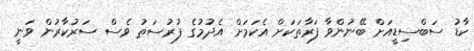
ކާޑު ސަބްސިޑީއަށް ބޭނުންވާ ފަރާތަކަށް އެކަމަށް އެދުމުގެ ފުރުސަތު ވެސް ސަރުކާރުން ވަނީ